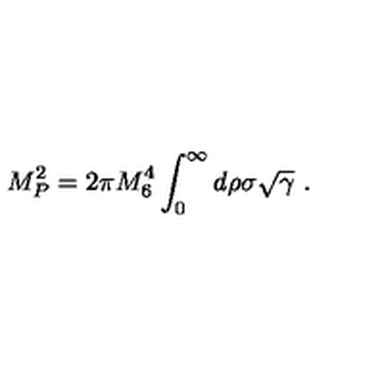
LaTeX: M _ { P } ^ { 2 } = 2 \pi M _ { 6 } ^ { 4 } \int _ { 0 } ^ { \infty } d \rho \sigma \sqrt \gamma \ .